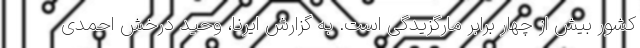
کشور بیش از چهار برابر مارگزیدگی است. به گزارش ایرنا، وحید درخش احمدی